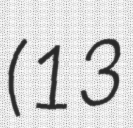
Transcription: (13